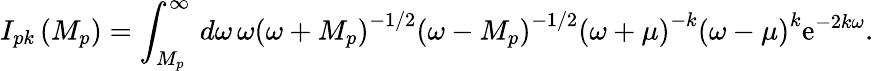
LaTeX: I_{pk}\left(M_{p}\right)=\int_{M_{p}}^{\infty}\, d\omega\, \omega\left(\omega+M_{p}\right)^{-1/2}\left(\omega-M_{p}\right)^{-1/2}\left(\omega+\mu\right)^{-k}\left(\omega-\mu\right)^{k}\mathrm{e}^{-2k\omega}.